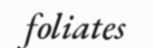
foliates